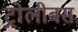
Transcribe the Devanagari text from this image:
ट्रोलीबस